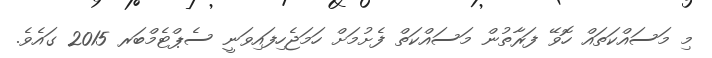
މި މަސައްކަތައް ހޮވޭ ފަރާތުން މަސައްކަތް ފެށުމަށް ހަމަޖެހިފައިވަނީ ސެޕްޓެމްބަރ 2015 ގައެވެ.